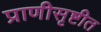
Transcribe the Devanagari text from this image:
प्राणीसृष्टीत